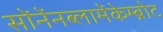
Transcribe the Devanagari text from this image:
सोंनेंनब्लामेंकेम्ब्रोट